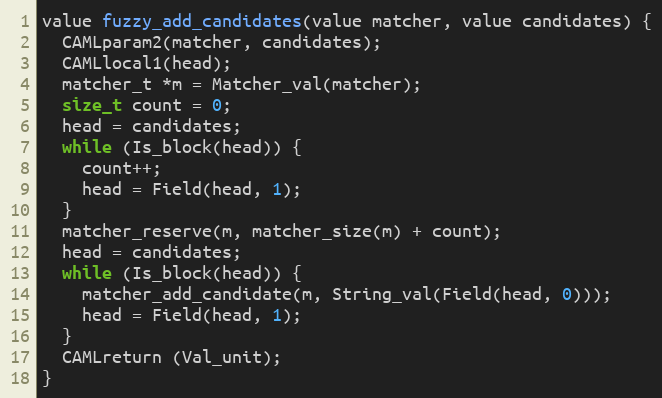
Language: C
value fuzzy_add_candidates(value matcher, value candidates) {
  CAMLparam2(matcher, candidates);
  CAMLlocal1(head);
  matcher_t *m = Matcher_val(matcher);
  size_t count = 0;
  head = candidates;
  while (Is_block(head)) {
    count++;
    head = Field(head, 1);
  }
  matcher_reserve(m, matcher_size(m) + count);
  head = candidates;
  while (Is_block(head)) {
    matcher_add_candidate(m, String_val(Field(head, 0)));
    head = Field(head, 1);
  }
  CAMLreturn (Val_unit);
}